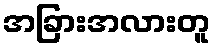
အခြားအလားတူ